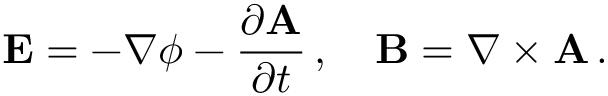
\mathbf { E } = - \nabla \phi - { \frac { \partial \mathbf { A } } { \partial t } } \, , \quad \mathbf { B } = \nabla \times \mathbf { A } \, .